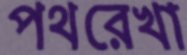
পথরেখা